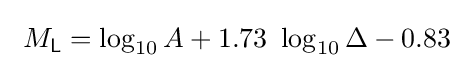
\ M_{\mathsf {L}}=\log _{10}A+1.73\ \log _{10}\Delta -0.83\